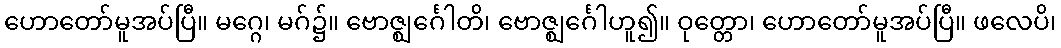
ဟောတော်မူအပ်ပြီ။ မဂ္ဂေ၊ မဂ်၌။ ဗောဇ္ဈင်္ဂေါတိ၊ ဗောဇ္ဈင်္ဂေါဟူ၍။ ဝုတ္တော၊ ဟောတော်မူအပ်ပြီ။ ဖလေပိ၊